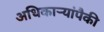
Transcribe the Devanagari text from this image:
अधिकार्‍यांपैकी